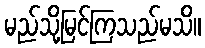
မည်သို့မြင်ကြသည်မသိ။